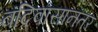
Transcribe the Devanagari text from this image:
बंदिवासानंतर